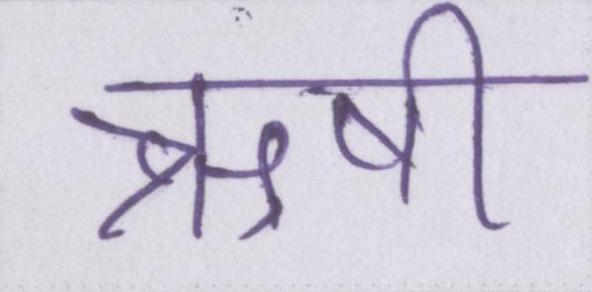
ऋषी